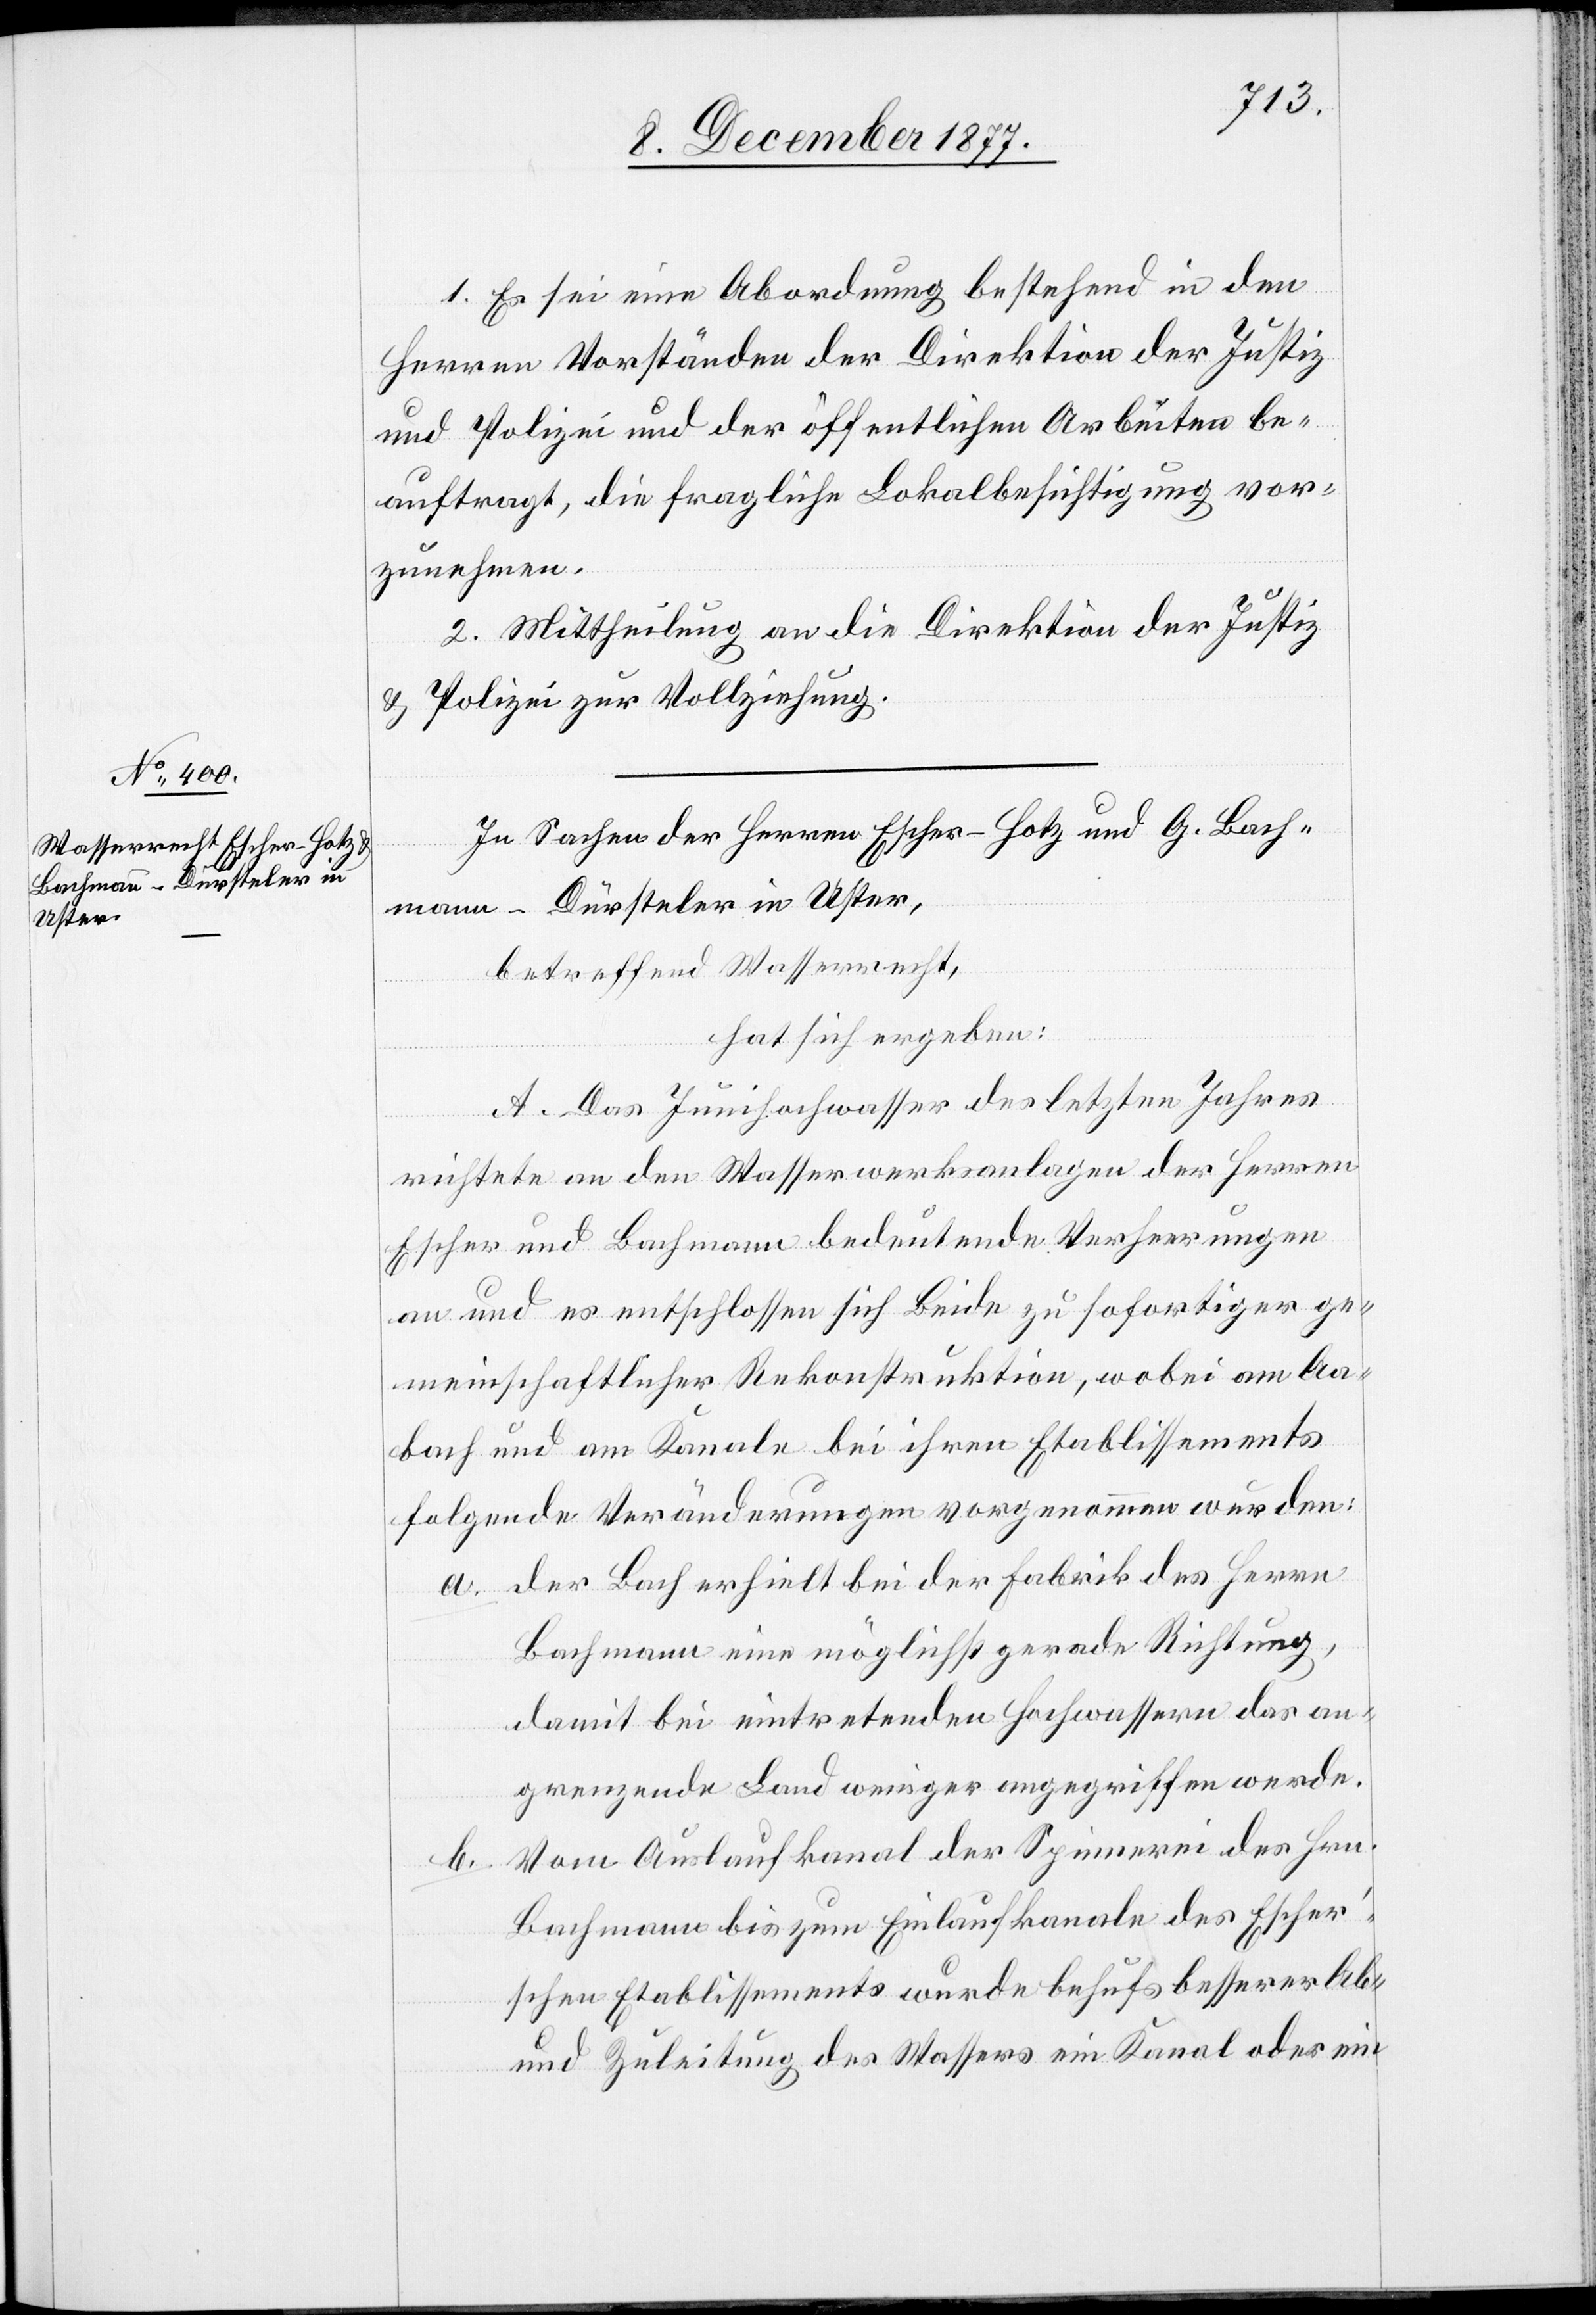
1. Es sei eine Abordnung bestehend in den
Herren Vorständen der Direktion der Justiz
und Polizei und der öffentlichen Arbeiten be¬
auftragt, die fragliche Lokalbesichtigung vor¬
zunehmen.
2. Mittheilung an die Direktion der Justiz
& Polizei zur Vollziehung.
In Sachen der Herren Escher-Hotz und G. Bach¬
mann-Dürsteler in Uster,
betreffend Wasserrecht,
hat sich ergeben:
A. Das Junihochwasser des letzten Jahres
b.
richtete an den Wasserwerksanlagen der Herren
Escher und Bachmann bedeutende Verheerungen
an und es entschlossen sich Beide zu sofortiger ge¬
meinschaftlicher Rekonstruktion, wobei am Aa¬
bach und am Kanale bei ihren Etablissements
folgende Veränderungen vorgenommen wurden:
der Bach erhielt bei der Fabrik des Herrn
Bachmann eine möglichst gerade Richtung,
damit bei eintretenden Hochwassern das an¬
grenzende Land weniger angegriffen werde.
Vom Auslaufkanal der Spinnerei des Hrn.
Bachmann bis zum Einlaufkanale des Escher’s¬
chen Etablissements wurde behufs besserer Ab-
und Zuleitung des Wassers ein Kanal oder ein